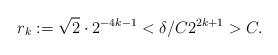
LaTeX: \begin{align*} r_k := \sqrt{2}\cdot 2^{-4k-1} < \delta/C 2^{2k+1} > C.\end{align*}